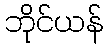
ဘိုင်ယန်